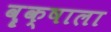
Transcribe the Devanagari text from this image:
वॄक्षाला